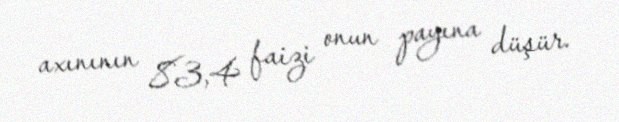
axınının 83,4 faizi onun payına düşür.